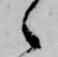
々